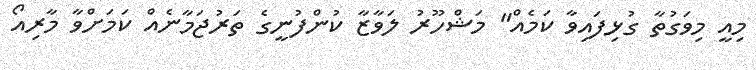
މިއީ މިވަގުތާ ގުޅިފައިވާ ކަމެއް" މަޝްހޫރު ލަވާޒާ ކުންފުނީގެ ތަރުޖަމާނެއް ކަމަށްވާ މާރިއޯ